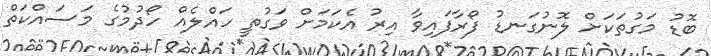
ބޮޑު މަގުތަކަށް ލޮނުގަނޑު ފޯރާފައިވާ އިރު އެކަމަށް ވަގުތީ ހައްލެއް ހޯދުމުގެ މަސައްކަތް